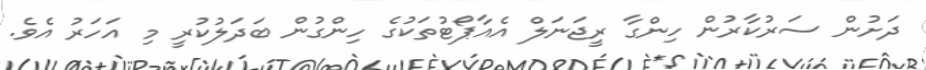
ދަށުން ސަރުކާރުން ހިންގާ ރީޖަނަލް އެއާޕޯޓުތަކުގެ ހިންގުން ބަދަލުކުރީ މި އަހަރު އެވެ.